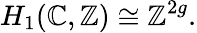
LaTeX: H_{1}(\mathbb{C},\mathbb{{Z}})\cong\mathbb{{Z}}^{2g}.